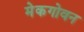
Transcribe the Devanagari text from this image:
मेकगोवन